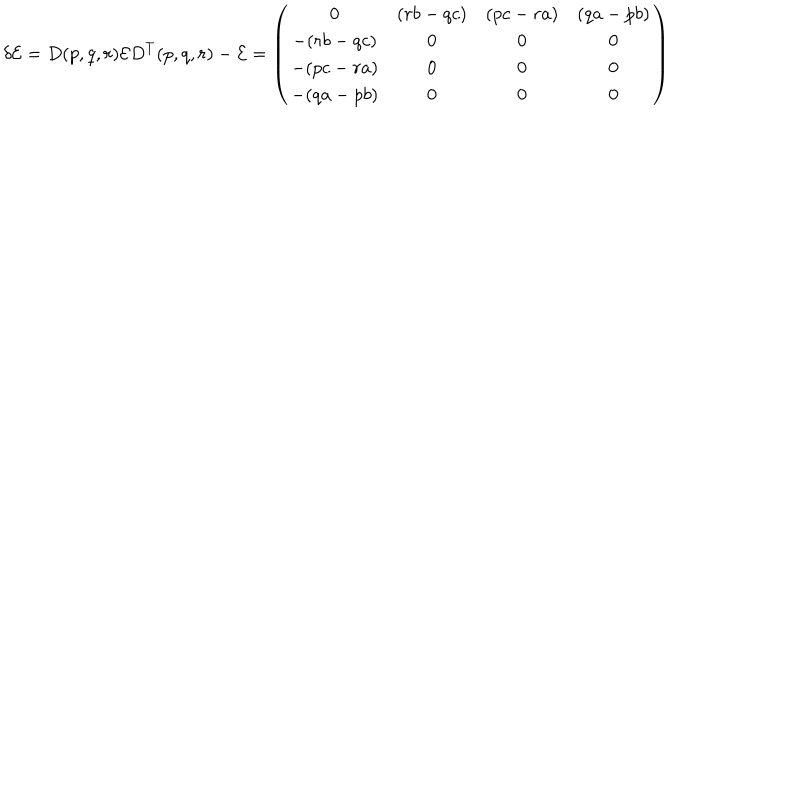
LaTeX: \delta { \cal E } = D ( p , q , r ) { \cal E } D ^ { T } ( p , q , r ) - { \cal E } = \left( \begin{array} { c c c c } { { 0 } } & { { ( r b - q c ) } } & { { ( p c - r a ) } } & { { ( q a - p b ) } } \\ { { - ( r b - q c ) } } & { { 0 } } & { { 0 } } & { { 0 } } \\ { { - ( p c - r a ) } } & { { 0 } } & { { 0 } } & { { 0 } } \\ { { - ( q a - p b ) } } & { { 0 } } & { { 0 } } & { { 0 } } \\ \end{array} \right)